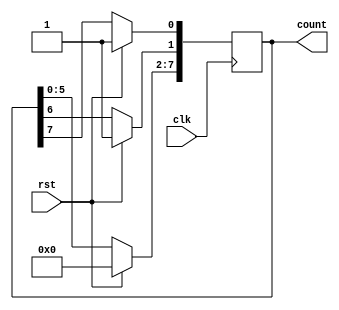
module p_10(clk,rst,count);
input clk, rst;
output reg [7:0]count; 
always @(posedge clk) begin 
    if (rst) begin 
        count <= 8'b0000_0011;
        end
    else begin 
        count <= count << 2;
        count[1] <= count[6];
        count[0] <= count[7];
    end
end
endmodule
//............. Test Bench..........//
`timescale 1 ps / 1 ps
module p_10_tb;
reg clk, rst; // DUT input 
wire [7:0]count; // DUT output
p_10 rc1(clk,rst,count); // DUT module instantiation

always #10 clk = ~clk; // T = 20

initial begin 
clk = 1'b0;
rst = 1'b0;
#10 rst = 1'b1;
#20 rst = 1'b0;
end
//..........system task.......//
initial 
$monitor("Time=%0t | clk=%b |rst=%b |count=%b",$realtime,clk,rst,count);
endmodule